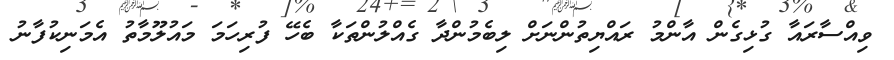
ވިއްސާރައާ ގުޅިގެން އާންމު ރައްޔިތުންނަށް ލިބެމުންދާ ގެއްލުންތަކާ ބެހޭ ފުރިހަމަ މައުލޫމާތު އެމަނިކުފާނު